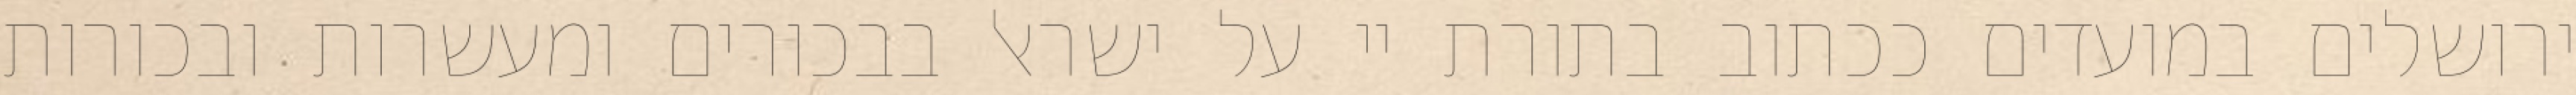
ירושלים במועדים ככתוב בתורת יי על ישראל בבכורים ומעשרות ובכורות